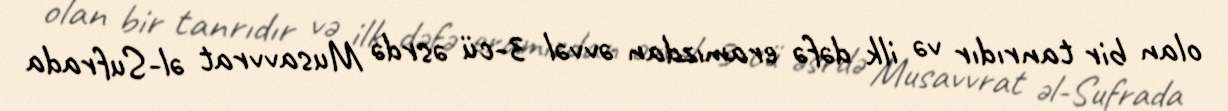
olan bir tanrıdır və ilk dəfə eramızdan əvvəl 3-cü əsrdə Musavvrat əl-Sufrada